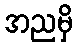
အညမှိ